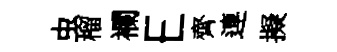
虫榴襴E齊連擬